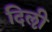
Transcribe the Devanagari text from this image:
दिऌी